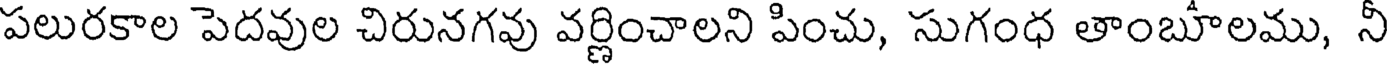
పలురకాల పెదవుల చిరునగవు వర్ణించాలని పించు, సుగంధ తాంబూలము, నీ